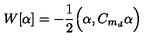
W [ \alpha ] = - \frac { 1 } { 2 } \Big ( \alpha , C _ { m _ { d } } \alpha \Big )